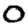
Digit: 0